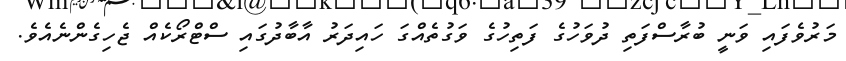
މަރުވެފައި ވަނީ ބުރާސްފަތި ދުވަހުގެ ފަތިހުގެ ވަގުތެއްގަ ހައިދަރު އާބާދުގައި ސްޓްރޯކެއް ޖެހިގެންނެއެވެ.